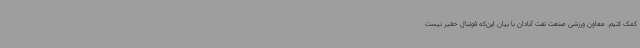
کمک کنیم. معاون ورزشی صنعت نفت آبادان با بیان این‌که فوتبال حقیر نیست